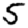
Digit: 5